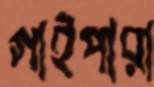
গাইপারা